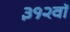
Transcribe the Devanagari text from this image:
३१२वॉ